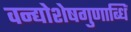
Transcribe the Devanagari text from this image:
वन्द्योशेषगुणाब्धिं